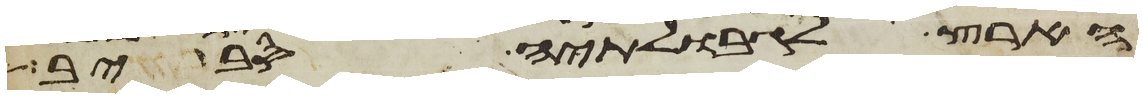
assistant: הארץ לגבולתיה סביב